Report on horse surra - Volume II, Part I
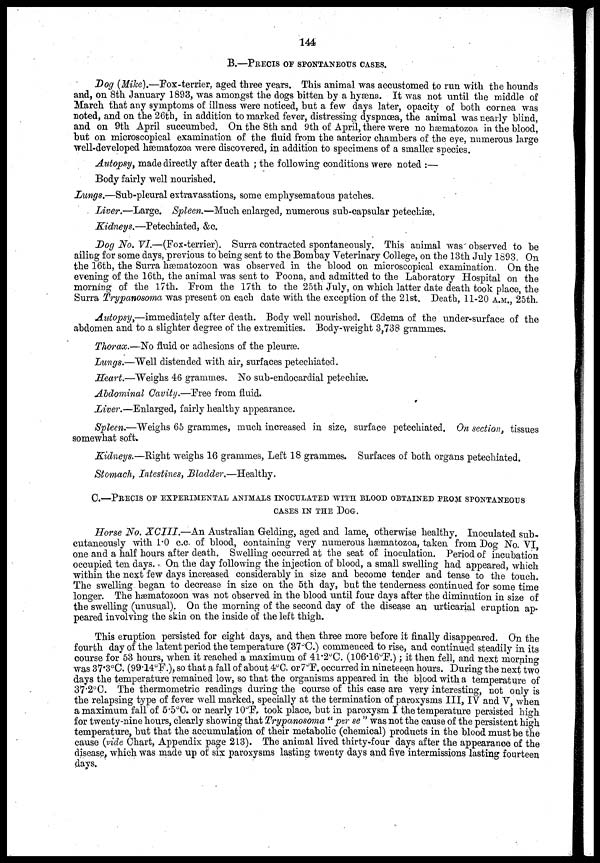
144
B.—PRECIS OF SPONTANEOUS CASES.
Dog (Mike).—Fox-terrier, aged three years. This animal was accustomed to run with the hounds
and, on 8th January 1893, was amongst the dogs bitten by a hyæna. It was not until the middle of
March that any symptoms of illness were noticed, but a few days later, opacity of both cornea was
noted, and on the 26th, in addition to marked fever, distressing dyspnœa, the animal was nearly blind,
and on 9th April succumbed. On the 8th and 9th of April, there were no hæmatozoa in the blood,
but on microscopical examination of the fluid from the anterior chambers of the eye, numerous large
well-developed hæmatozoa were discovered, in addition to specimens of a smaller species.
Autopsy, made directly after death ; the following conditions were noted :—
Body fairly well nourished.
Lungs.—Sub-pleural extravasations, some emphysematous patches.
Liver.—Large. Spleen.—Much enlarged, numerous sub-capsular petechiæ.
Kidneys.—Petechiated, &c.
Dog No. VI.—(Fox-terrier). Surra contracted spontaneously. This animal was observed to be
ailing for some days, previous to being sent to the Bombay Veterinary College, on the 13th July 1893. On
the 16th, the Surra hæmatozoon was observed in the blood on microscopical examination. On the
evening of the 16th, the animal was sent to Poona, and admitted to the Laboratory Hospital on the
morning of the 17th. From the 17th to the 25th July, on which latter date death took place, the
Surra Trypanosoma was present on each date with the exception of the 21st. Death, 11-20 A.M., 25th.
Autopsy,—immediately after death. Body well nourished. Œdema of the under-surface of the
abdomen and to a slighter degree of the extremities. Body-weight 3,738 grammes.
Thorax.—No fluid or adhesions of the pleuræ.
Lungs.—Well distended with air, surfaces petechiated.
Heart.—Weighs 46 grammes. No sub-endocardial petechiæ.
Abdominal Cavity.—Free from fluid.
Liver.—Enlarged, fairly healthy appearance.
Spleen.—Weighs 65 grammes, much increased in size, surface petechiated. On section, tissues
somewhat soft.
Kidneys.—Right weighs 16 grammes, Left 18 grammes. Surfaces of both organs petechiated.
Stomach, Intestines, Bladder.—Healthy.
C.—PRECIS OF EXPERIMENTAL ANIMALS INOCULATED WITH BLOOD OBTAINED FROM SPONTANEOU
CASES IN THE DOG.
Horse No. XCIII.—An Australian Gelding, aged and lame, otherwise healthy. Inoculated sub-
cutaneously with 1.0 c.c. of blood, containing very numerous hæmatozoa, taken from Dog No. VI,
one and a half hours after death. Swelling occurred at the seat of inoculation. Period of incubation
occupied ten days. On the day following the injection of blood, a small swelling had appeared, which
within the next few days increased considerably in size and become tender and tense to the touch.
The swelling began to decrease in size on the 5th day, but the tenderness continued for some time
longer. The hæmatozoon was not observed in the blood until four days after the diminution in size of
the swelling (unusual). On the morning of the second day of the disease an urticarial eruption ap-
peared involving the skin on the inside of the left thigh.
This eruption persisted for eight days, and then three more before it finally disappeared. On the
fourth day of the latent period the temperature (37°C.) commenced to rise, and continued steadily in its
course for 53 hours, when it reached a maximum of 41.2°C. (106.16°F.) ; it then fell, and next morning
was 37.3°C. (99.14°F.), so that a fall of about 4°C. or7°F. occurred in nineteeen hours. During the next two
days the temperature remained low, so that the organisms appeared in the blood with a temperature of
37.2°C. The thermometric readings during the course of this case are very interesting, not only is
the relapsing type of fever well marked, specially at the termination of paroxysms III, IV and V, when
a maximum fall of 5.5°C. or nearly 10°F. took place, but in paroxysm I the temperature persisted high
for twenty-nine hours, clearly showing that Trypanosoma " per se " was not the cause of the persistent high
temperature, but that the accumulation of their metabolic (chemical) products in the blood must be the
cause (vide Chart, Appendix page 213). The animal lived thirty-four days after the appearance of the
disease, which was made up of six paroxysms lasting twenty days and five intermissions lasting fourteen
days.